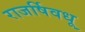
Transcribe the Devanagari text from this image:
राजर्षिवधू